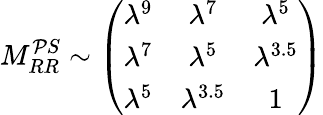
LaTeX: M_{RR}^{\mathcal{P}S}\sim\left(\begin{array}{ccc}{{\lambda^{9}}}&{{\lambda^{7}}}&{{\lambda^{5}}}\\ {{\lambda^{7}}}&{{\lambda^{5}}}&{{\lambda^{3.5}}}\\ {{\lambda^{5}}}&{{\lambda^{3.5}}}&{{1}}\end{array}\right)